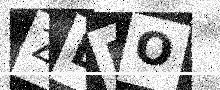
Text: ZEIO